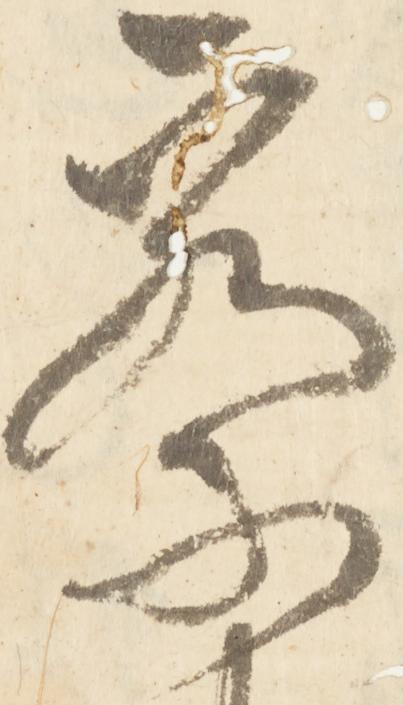
察